Document type: Grant of rights
Year: 1280
Scribe: Pere Marc
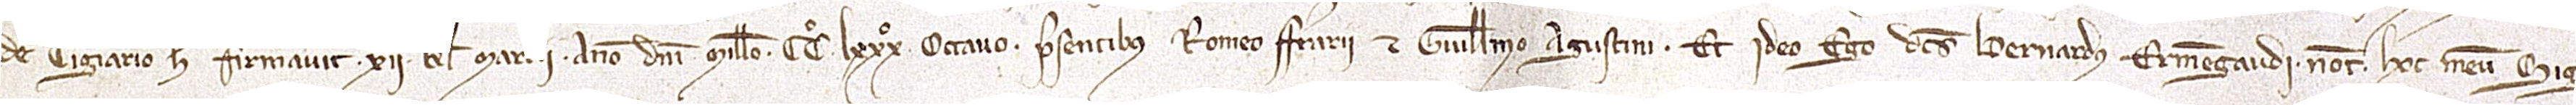
de Cigiario hec firmavit XII kalendas marcii, anno Domini millesimo CCº LXXXº octavo, presentibus Romeo Ferrarii et Guillelmo Agustini. Et ideo ego dictus Bernardus Ermengaudi, notarius, hoc meum sig